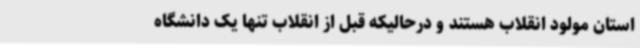
استان مولود انقلاب هستند و درحالیکه قبل از انقلاب تنها یک دانشگاه